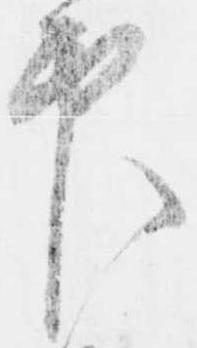
印